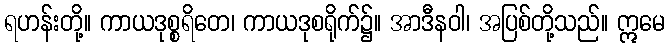
ရဟန်းတို့။ ကာယဒုစ္စရိတေ၊ ကာယဒုစရိုက်၌။ အာဒီနဝါ၊ အပြစ်တို့သည်။ ဣမေ